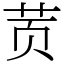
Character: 鿒